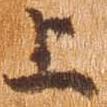
上